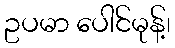
ဥပမာ ပေါင်မုန့်၊